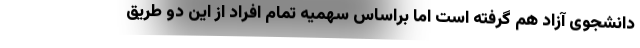
دانشجوی آزاد هم گرفته است اما براساس سهمیه تمام افراد از این دو طریق